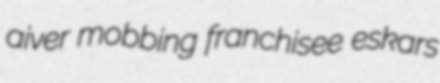
aiver mobbing franchisee eskars